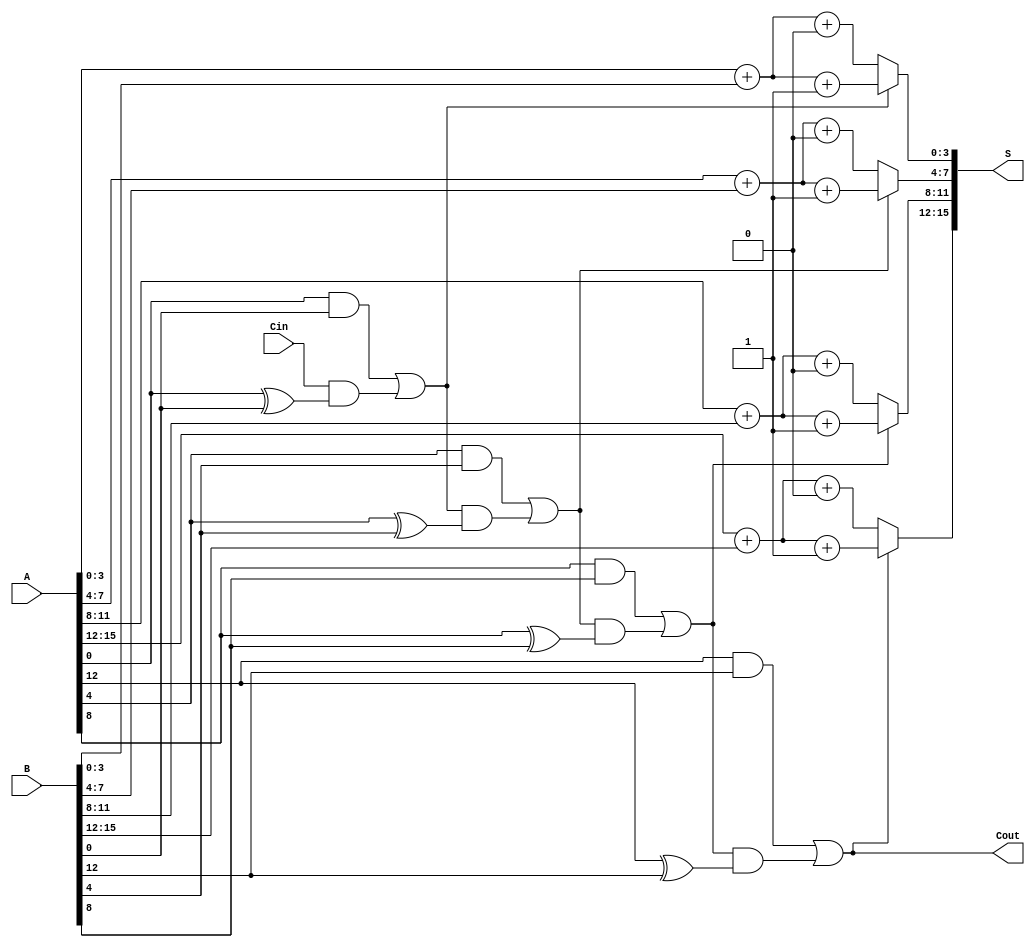
module CCSA #(parameter N = 16, // Total number of bits
               parameter K = 4)  // Segment size
(
    input  [N-1:0] A,   // First operand
    input  [N-1:0] B,   // Second operand
    input          Cin,  // Carry input
    output [N-1:0] S,   // Sum output
    output         Cout   // Carry output
);

localparam M = N / K; // Number of segments

// Internal signals
wire [K-1:0] S0[M-1:0]; // Sum outputs assuming carry-in = 0
wire [K-1:0] S1[M-1:0]; // Sum outputs assuming carry-in = 1
wire [M:0] C;           // Carry outputs for each segment

genvar i;
generate
    // Generate the segments
    for (i = 0; i < M; i = i + 1) begin : segment
        wire [K-1:0] A_seg = A[i*K +: K];
        wire [K-1:0] B_seg = B[i*K +: K];
        
        // Calculate S0 and S1 for each segment
        assign S0[i] = A_seg + B_seg + 0;
        assign S1[i] = A_seg + B_seg + 1;
        
        // Carry generation logic
        if (i == 0) begin
            assign C[i] = (A_seg & B_seg) | (Cin & (A_seg ^ B_seg));
        end else begin
            assign C[i] = (A_seg & B_seg) | (C[i-1] & (A_seg ^ B_seg));
        end
    end
endgenerate

// MUX to select the correct sum output based on carry
generate
    for (i = 0; i < M; i = i + 1) begin : mux
        assign S[i*K +: K] = (C[i] == 1'b0) ? S0[i] : S1[i];
    end
endgenerate

// Final carry-out
assign Cout = C[M-1];

endmodule